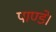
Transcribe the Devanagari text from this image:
पाण्डे।